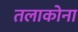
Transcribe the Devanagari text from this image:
तलाकोना